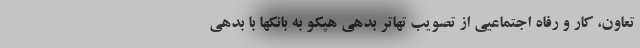
تعاون، کار و رفاه اجتماعیی از تصویب تهاتر بدهی هپکو به بانکها با بدهی